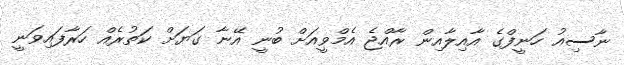
ނާސިއު ހަނީފްގެ އާއިލާއިން ރާއްޖެ އެމްވީއަށް ބުނީ އޭނާ ގަޔަށް ކަތުރެއް ހަރާފައިވަނީ